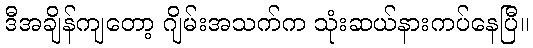
ဒီအချိန်ကျတော့ ဂျိမ်းအသက်က သုံးဆယ်နားကပ်နေပြီ။